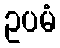
ဥပမံ